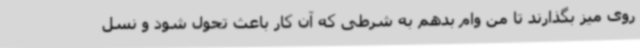
روی میز بگذارند تا من وام بدهم به شرطی که آن کار باعث تحول شود و نسل